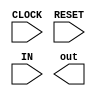
         
/*------------------------------------------------------------------------*/ 
  
  /*  Program for AES 128 bit Algorithm  */

    module AESAlgorithm(input  CLOCK,input RESET, input [127:0]IN ,output reg [7:0] out);
    
      
	reg [7:0]state[15:0];
	reg [7:0]cipherKey[15:0];
	reg [7:0]poly[15:0];
	reg [31:0]sBOx[255:0];

	reg[1:0] RoundState;
	reg[7:0] temp8b;
	reg [7:0]temp16x8b[15:0];

	integer i,j,index,x,y;

	function [7:0] gMul;
    	input [7:0] a,b;
	reg [7:0] p,hiBitSet;
    	integer i;

	begin
	
		p=8'b0;
		for(i=0;i<8;i=i+1)	
		begin
			if((b & 8'b00000001)==8'b00000001)
			begin
				p=p^a;
			end
			hiBitSet=(a & 8'b10000000);
			a=a<<1;
			if(hiBitSet==8'b10000000)
			begin
				a=a^8'b00011011;
			end
			b=b>>1;
		end
		gMul=p;
	end
  	endfunction

	always@(posedge CLOCK)
	begin

//Initialising State with Input Value
      					state[0]= IN[127:120];
        				state[1]= IN[119:112];
        				state[2]= IN[111:104];
        				state[3]= IN[103:96];
        				state[4]= IN[95:88];
        				state[5]= IN[87:80];
        				state[6]= IN[79:72];
        				state[7]= IN[71:64];
        				state[8]= IN[63:56];
					state[9]= IN[55:48];
        				state[10]= IN[47:40];
        				state[11]= IN[39:32];
        				state[12]= IN[31:24];
        				state[13]= IN[23:16];
        				state[14]= IN[15:8];
        				state[15]= IN[7:0];

					cipherKey[0]= IN[127:120];
        				cipherKey[1]= IN[119:112];
        				cipherKey[2]= IN[111:104];
        				cipherKey[3]= IN[103:96];
        				cipherKey[4]= IN[95:88];
        				cipherKey[5]= IN[87:80];
        				cipherKey[6]= IN[79:72];
        				cipherKey[7]= IN[71:64];
        				cipherKey[8]= IN[63:56];
					cipherKey[9]= IN[55:48];
        				cipherKey[10]= IN[47:40];
        				cipherKey[11]= IN[39:32];
        				cipherKey[12]= IN[31:24];
        				cipherKey[13]= IN[23:16];
        				cipherKey[14]= IN[15:8];
        				cipherKey[15]= IN[7:0];
				
				for(i=0;i<=3;i=i+1)
                        	begin															
					temp16x8b[i]=   gMul(state[i],2)^ gMul(state[i+4],3)^ gMul(state[i+8],1)^ gMul(state[i+12],1);
					temp16x8b[i+4]= gMul(state[i],1)^ gMul(state[i+4],2)^ gMul(state[i+8],3)^ gMul(state[i+12],1);
					temp16x8b[i+8]= gMul(state[i],1)^ gMul(state[i+4],1)^ gMul(state[i+8],2)^ gMul(state[i+12],3);
					temp16x8b[i+12]=gMul(state[i],3)^ gMul(state[i+4],1)^ gMul(state[i+8],1)^ gMul(state[i+12],2);
				end	
				//Copying the result value to state
				for(i=0;i<=15;i=i+1)
                        	begin
					state[i]=temp16x8b[i];
				end
	end
 endmodule